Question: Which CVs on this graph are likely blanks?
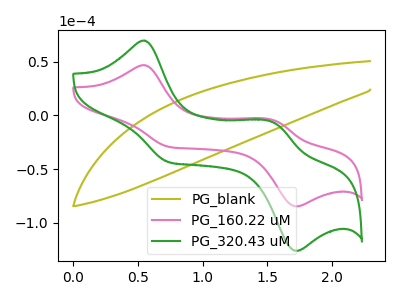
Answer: <think>The olive curve "PG_blank" has no peaks. The pink curve "PG_160.22 uM" has anodic peaks at (0.55V, 46.70uA) (1.55V, -4.45uA) and cathodic peaks at (0.75V, -29.25uA) (1.70V, -84.70uA). The green curve "PG_320.43 uM" has anodic peaks at (0.55V, 69.55uA) (1.55V, -6.65uA) and cathodic peaks at (0.75V, -43.55uA) (1.70V, -126.10uA).</think>
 <answer>"PG_blank" is likely to be a blank.</answer>
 <eval>PG_blank</eval>